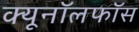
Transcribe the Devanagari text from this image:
क्यूनॉलफॉस